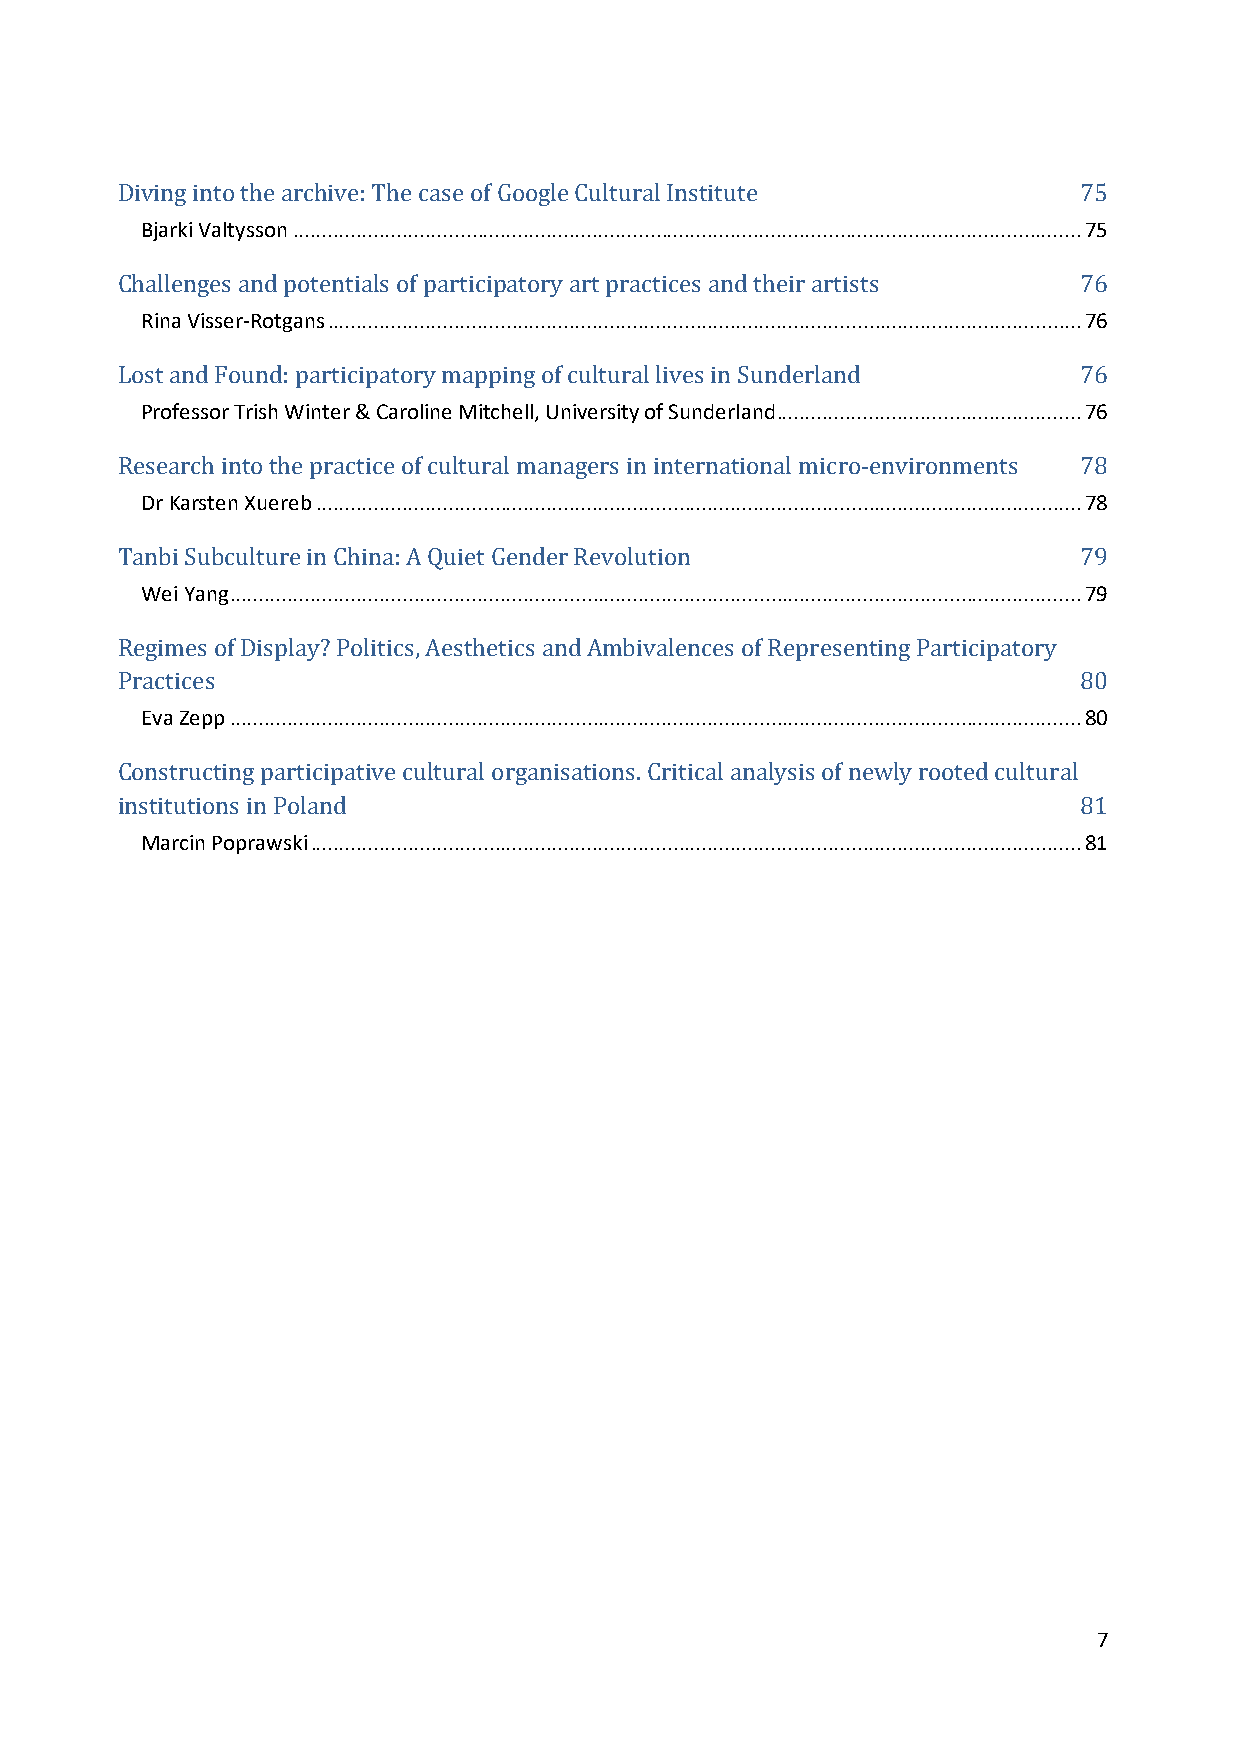
Bjarki Valtysson ......................................................................................................................................... 75
 Diving into the archive: The case of Google Cultural Institute 75
 Rina Visser-Rotgans ................................................................................................................................... 76
 Challenges and potentials of participatory art practices and their artists 76
 Professor Trish Winter & Caroline Mitchell, University of Sunderland ..................................................... 76
 Lost and Found: participatory mapping of cultural lives in Sunderland 76
 Dr Karsten Xuereb ..................................................................................................................................... 78
 Research into the practice of cultural managers in international micro-environments 78
 Wei Yang .................................................................................................................................................... 79
 Tanbi Subculture in China: A Quiet Gender Revolution           79
 Regimes of Display? Politics, Aesthetics and Ambivalences of Representing Participatory
 Eva Zepp .................................................................................................................................................... 80
 Practices                                                      80
 Constructing participative cultural organisations. Critical analysis of newly rooted cultural
 Marcin Poprawski ...................................................................................................................................... 81
 institutions in Poland                                         81
 7